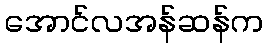
အောင်လအန်ဆန်က